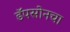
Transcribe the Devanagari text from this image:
डॅपसोनचा